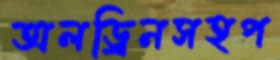
অলড্রিনসহপ